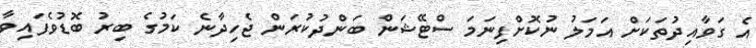
އެ ގަވާއިދުތަކަށް އަމަލު ނުކޮށްފިނަމަ ސްޓޭޝަން ބަންދުކުރަން ޖެހިދާނެ ކަމުގެ ބިރު ބޮޑުވެފައިވާ